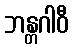
ဘန္တဂါဝီ